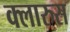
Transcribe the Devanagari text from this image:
क्लारुस